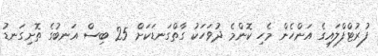
ފުރުޓްފްލައިގެ އަންހެން މެހި ކޮންމެ ދުވަހަކު ގާތްގަނޑަކަށް 25 ބިސް އަނބުގެ ތޮށިގަނޑު